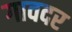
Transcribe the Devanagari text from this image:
गावदर